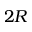
2 R